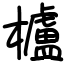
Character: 櫨